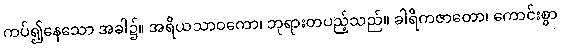
ကပ်၍နေသော အခါ၌။ အရိယသာဝကော၊ ဘုရားတပည့်သည်။ ခါရိကဇာတော၊ ကောင်းစွာ